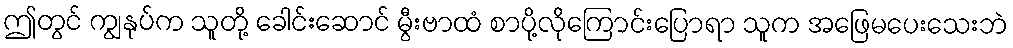
ဤတွင် ကျွနုပ်က သူတို့ ခေါင်းဆောင် မွီးဗာထံ စာပို့လိုကြောင်းပြောရာ သူက အဖြေမပေးသေးဘဲ